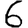
Digit: 6